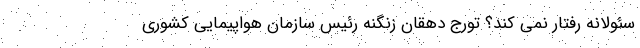
سئولانه رفتار نمی کند؟ تورج دهقان زنگنه رئیس سازمان هواپیمایی کشوری